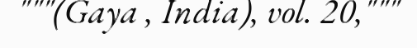
"""(Gaya , India), vol. 20,"""